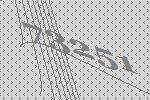
73251